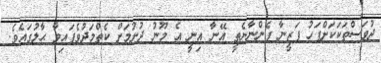
ދުވަސްތަކަކަށްފަހު ފަޒީނާ ފެންނާނެތީ އޭނާ އިނީ އެ މޫނު ދުށުމަށް ކެތްމަދުވެފައިވާ ޙާލުގައެވެ.